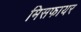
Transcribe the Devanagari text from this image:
मिसफायर